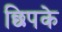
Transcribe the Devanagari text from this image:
छिपके